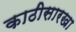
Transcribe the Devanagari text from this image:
काठीसारखा